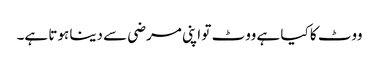
ووٹ کا کیا ہے ووٹ تو اپنی مرضی سے دینا ہوتا ہے۔